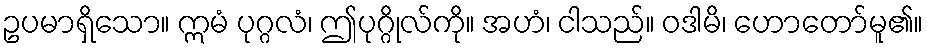
ဥပမာရှိသော။ ဣမံ ပုဂ္ဂလံ၊ ဤပုဂ္ဂိုလ်ကို။ အဟံ၊ ငါသည်။ ဝဒါမိ၊ ဟောတော်မူ၏။